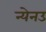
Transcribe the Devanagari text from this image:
न्येनउ